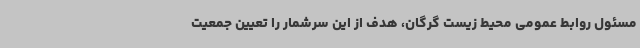
مسئول روابط عمومی محیط زیست گرگان، هدف از این سرشمار را تعیین جمعیت